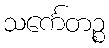
သင်္ကေတဉ္စ